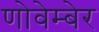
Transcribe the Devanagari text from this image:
णोवेम्बेर